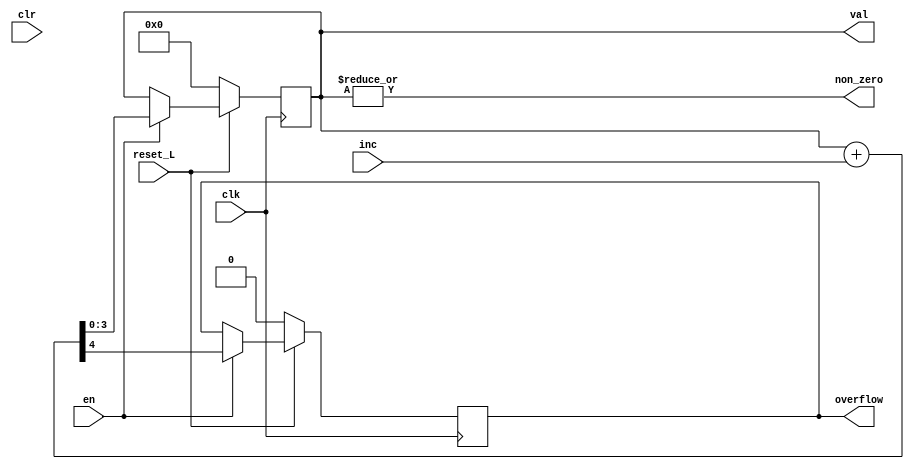
module counter #(
    parameter WIDTH_P = 4
)(
    input clk,
    input reset_L,

    input en,
    input clr,
    input [WIDTH_P-1:0] inc,

    output reg overflow,
    output reg non_zero,
    output reg [WIDTH_P-1:0] val
);

    assign non_zero = |val;

    always @(posedge clk) begin
        if(reset_L == 1'b0) begin
            val <= '0;
            overflow <= '0;
        end
        else
            if(en)
                {overflow,val} <= val + inc;
    end


    `ifdef ASSERT_ON
        ASSERT_001: assert property(
                @(posedge clk) disable iff (reset_L!==1'b1)
                (overflow == 1'b0)
            ) else $error("overflow");
    `endif


    `ifdef COVERAGE_ON
        covergroup covgrp1 @(posedge clk);
            val :   coverpoint val;
            en  :   coverpoint en;
            inc :   coverpoint inc;
        endgroup

        initial begin
            covgrp1 cg1 = new();
        end
    `endif

endmodule